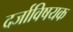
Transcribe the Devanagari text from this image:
दर्जाविषयक